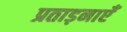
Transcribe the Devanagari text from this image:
प्रताड़नाएँ